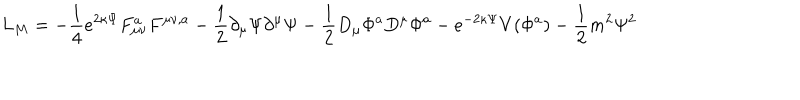
L _ { M } = - \frac { 1 } { 4 } e ^ { 2 \kappa \Psi } F _ { \mu \nu } ^ { a } F ^ { \mu \nu , a } - \frac { 1 } { 2 } \partial _ { \mu } \Psi \partial ^ { \mu } \Psi - \frac { 1 } { 2 } D _ { \mu } \Phi ^ { a } D ^ { \mu } \Phi ^ { a } - e ^ { - 2 \kappa \Psi } V ( \Phi ^ { a } ) - \frac { 1 } { 2 } m ^ { 2 } \Psi ^ { 2 }